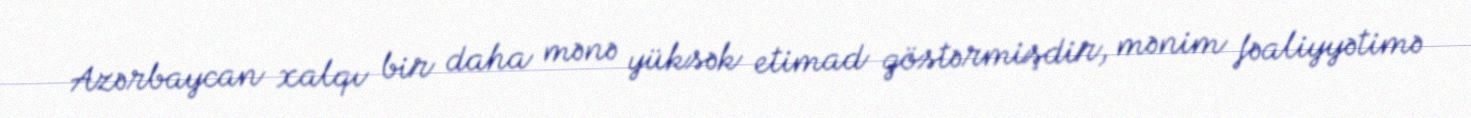
Azərbaycan xalqı bir daha mənə yüksək etimad göstərmişdir, mənim fəaliyyətimə